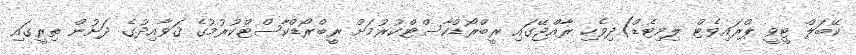
ކޭބަލް ޓީވީ ޕްރައިވެޓް ލިމިޓެޑް)ދިވެހި ރާއްޖޭގައި ރީބްރޯޑްކާސްޓްކުރުމަށް ރީބްރޯޑްކާސްޓްކުރުމުގެ ޤަވާއިދުގެ ދަށުން ތިރީގައި